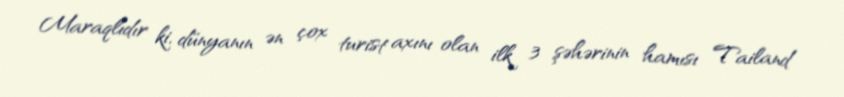
Maraqlıdır ki, dünyanın ən çox turist axını olan ilk 3 şəhərinin hamısı Tailand